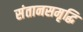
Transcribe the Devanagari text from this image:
संतानसमृद्धि